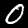
Label: 0